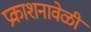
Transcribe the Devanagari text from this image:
प्रकाशनावेळी